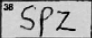
Transcription: SPZ